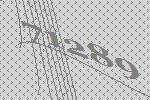
71289